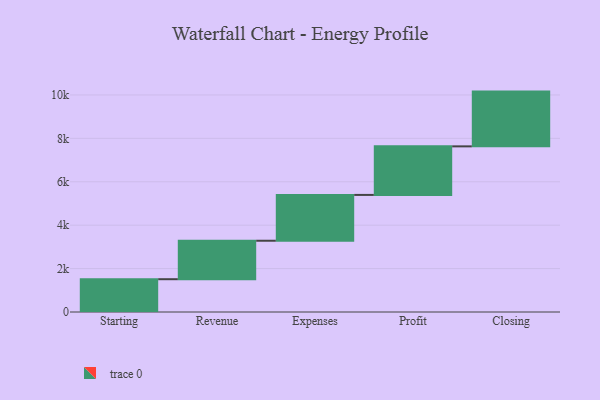
{"axis": {"x": "Step", "y": "Value"}, "legend": [""], "data": [{"x": "Starting", "y": 1511.0, "type": ""}, {"x": "Revenue", "y": 1772.0, "type": ""}, {"x": "Expenses", "y": 2111.0, "type": ""}, {"x": "Profit", "y": 2237.0, "type": ""}, {"x": "Closing", "y": 2523.0, "type": ""}]}